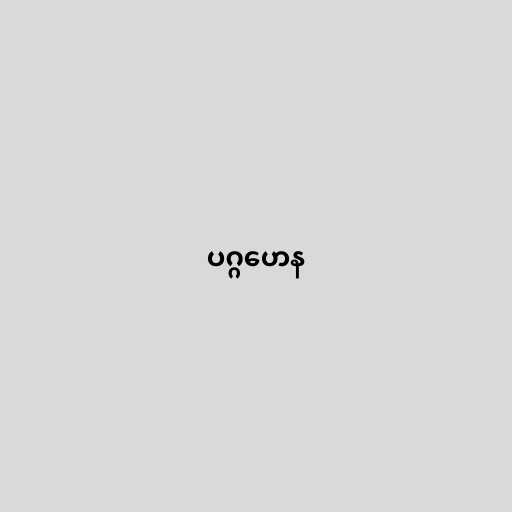
ပဂ္ဂဟေန